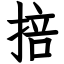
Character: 掊